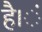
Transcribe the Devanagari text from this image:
है।ं